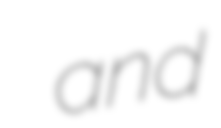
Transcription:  and